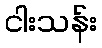
ငါးသန်း